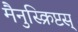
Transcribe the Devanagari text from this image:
मैनुस्क्रिप्टस्‌